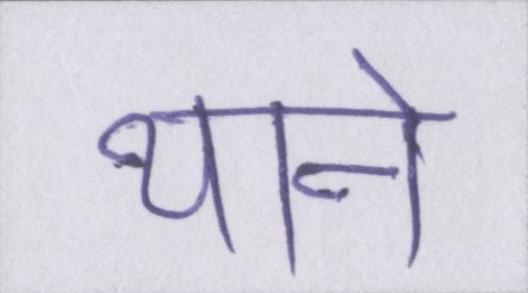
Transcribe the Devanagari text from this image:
थाने